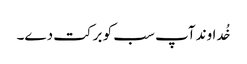
خُداوند آپ سب کو برکت دے۔